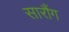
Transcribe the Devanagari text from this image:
सारौंग